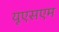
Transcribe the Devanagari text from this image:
यूएसएम